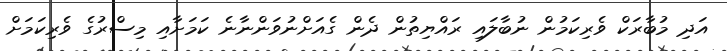
އަދި މުބާރަކް ވެރިކަމުން ނުބާލައި ރައްޔިތުން ދެން ގެއަށްނުވަންނާނެ ކަމަށާއި މިސްރުގެ ވެރިކަމަށް